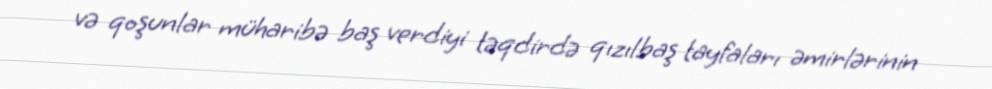
və qoşunlar müharibə baş verdiyi təqdirdə qızılbaş tayfaları əmirlərinin